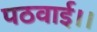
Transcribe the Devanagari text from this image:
पठवाई।।